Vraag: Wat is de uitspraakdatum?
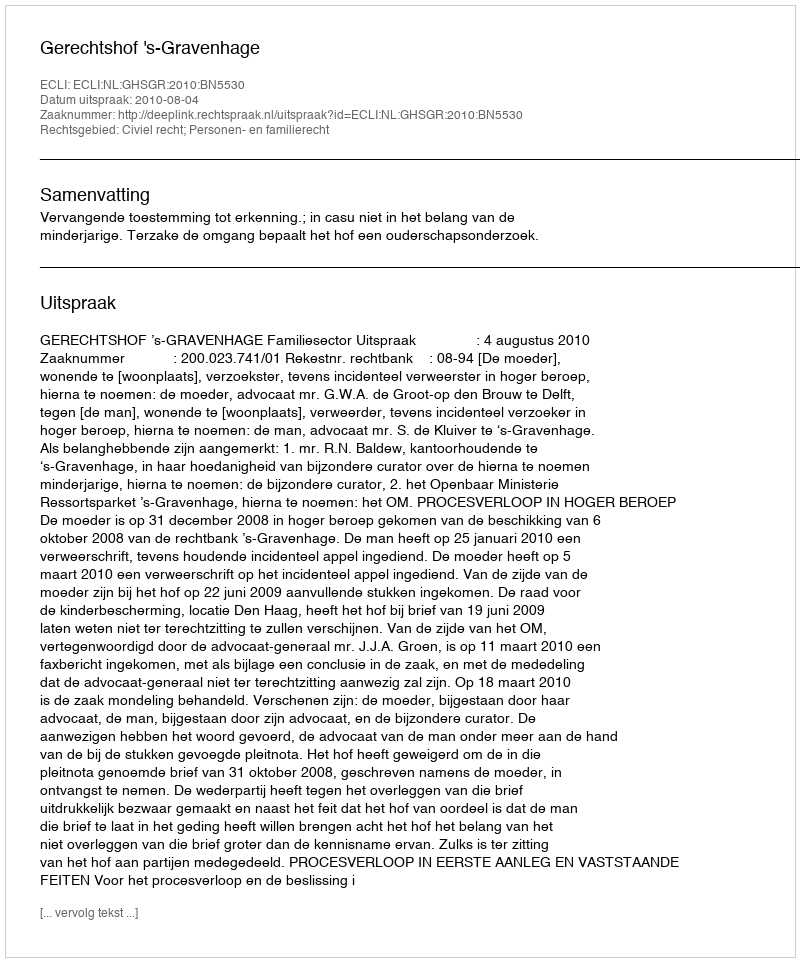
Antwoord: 2010-08-04